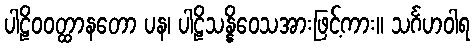
ပါဠိဝဝတ္ထာနတော ပန၊ ပါဠိသန္နိဝေသအားဖြင့်ကား။ သင်္ဂဟဝါရ